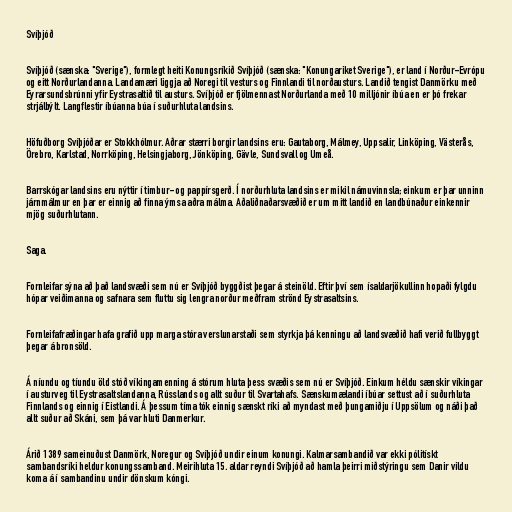
Svíþjóð

Svíþjóð (sænska: "Sverige"), formlegt heiti Konungsríkið Svíþjóð (sænska: "Konungariket Sverige"), er land í Norður-Evrópu
og eitt Norðurlandanna. Landamæri liggja að Noregi til vesturs og Finnlandi til norðausturs. Landið tengist Danmörku með
Eyrarsundsbrúnni yfir Eystrasaltið til austurs. Svíþjóð er fjölmennast Norðurlanda með 10 milljónir íbúa en er þó frekar
strjálbýlt. Langflestir íbúanna búa í suðurhluta landsins.

Höfuðborg Svíþjóðar er Stokkhólmur. Aðrar stærri borgir landsins eru: Gautaborg, Málmey, Uppsalir, Linköping, Västerås,
Örebro, Karlstad, Norrköping, Helsingjaborg, Jönköping, Gävle, Sundsvall og Umeå.

Barrskógar landsins eru nýttir í timbur- og pappírsgerð. Í norðurhluta landsins er mikil námuvinnsla; einkum er þar unninn
járnmálmur en þar er einnig að finna ýmsa aðra málma. Aðaliðnaðarsvæðið er um mitt landið en landbúnaður einkennir
mjög suðurhlutann.

Saga.

Fornleifar sýna að það landsvæði sem nú er Svíþjóð byggðist þegar á steinöld. Eftir því sem ísaldarjökullinn hopaði fylgdu
hópar veiðimanna og safnara sem fluttu sig lengra norður meðfram strönd Eystrasaltsins.

Fornleifafræðingar hafa grafið upp marga stóra verslunarstaði sem styrkja þá kenningu að landsvæðið hafi verið fullbyggt
þegar á bronsöld.

Á níundu og tíundu öld stóð víkingamenning á stórum hluta þess svæðis sem nú er Svíþjóð. Einkum héldu sænskir víkingar
í austurveg til Eystrasaltslandanna, Rússlands og allt suður til Svartahafs. Sænskumælandi íbúar settust að í suðurhluta
Finnlands og einnig í Eistlandi. Á þessum tíma tók einnig sænskt ríki að myndast með þungamiðju í Uppsölum og náði það
allt suður að Skáni, sem þá var hluti Danmerkur.

Árið 1389 sameinuðust Danmörk, Noregur og Svíþjóð undir einum konungi. Kalmarsambandið var ekki pólitískt
sambandsríki heldur konungssamband. Meirihluta 15. aldar reyndi Svíþjóð að hamla þeirri miðstýringu sem Danir vildu
koma á í sambandinu undir dönskum kóngi.